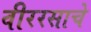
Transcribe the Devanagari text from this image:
वीररसाचे